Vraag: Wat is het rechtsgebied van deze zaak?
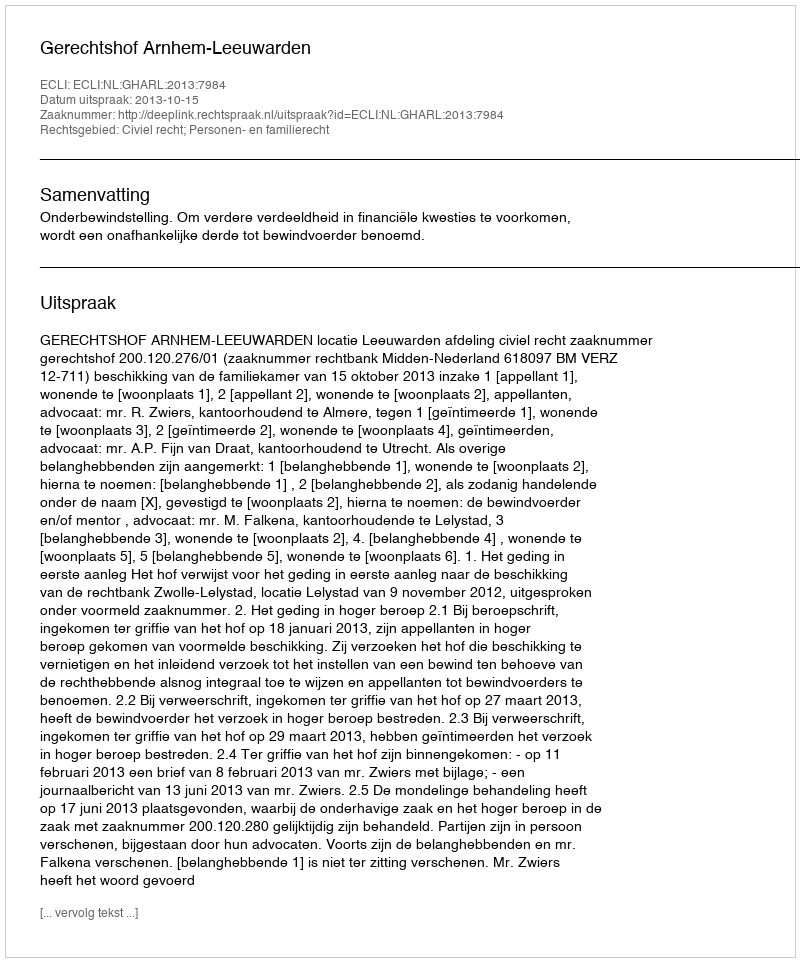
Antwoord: Civiel recht; Personen- en familierecht